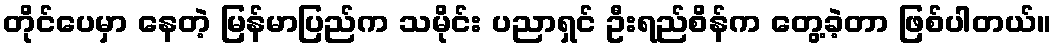
တိုင်ပေမှာ နေတဲ့ မြန်မာပြည်က သမိုင်း ပညာရှင် ဦးရည်စိန်က တွေ့ခဲ့တာ ဖြစ်ပါတယ်။